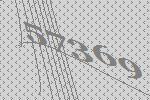
57369